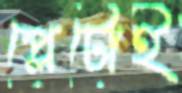
প্লেটোই